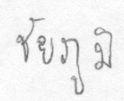
ชัยภูมิ